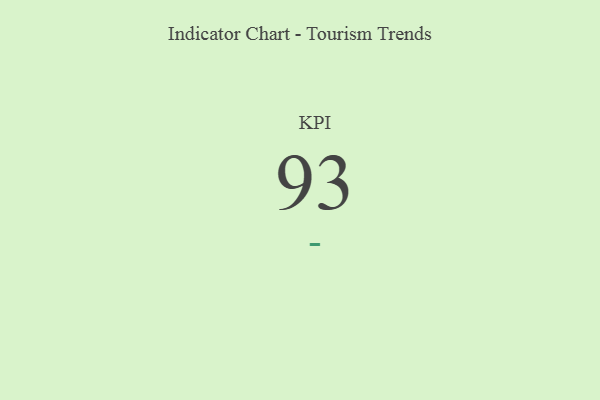
{"axis": {"x": "KPI", "y": "Value"}, "legend": [""], "data": [{"x": "KPI", "y": 93, "type": ""}]}